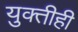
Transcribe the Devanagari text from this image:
युक्तीही